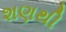
શણથી